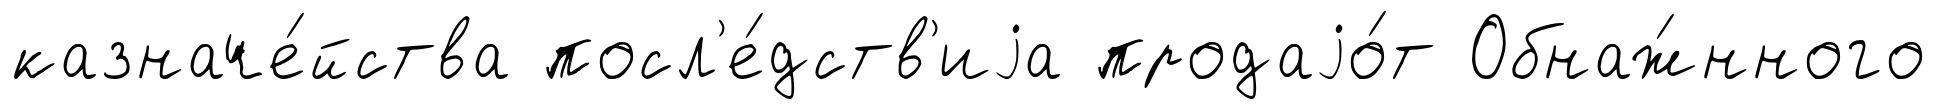
казначе́йства посл'е́дств'иjа продаjо́т Обнаж́нного